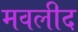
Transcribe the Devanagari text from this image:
मवलीद